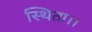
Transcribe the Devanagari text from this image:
स्थिता।।